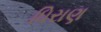
ધિરાણ